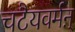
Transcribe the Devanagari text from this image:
चटैयवर्मऩ्